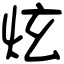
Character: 炫